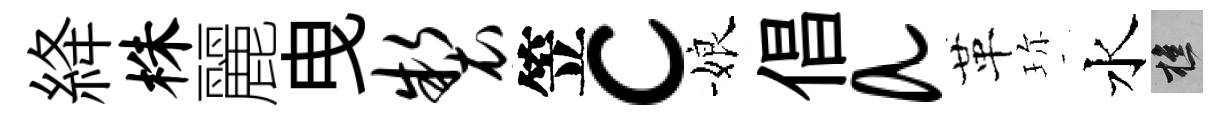
絳株麗曳制笠c娘倡a革珎水樵